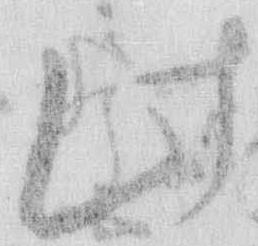
此